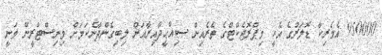
950000 އެމެރިކާ ޑޮލަރުގެ އެހީ މިޕްރޮޖެކްޓްގެ ތެރެއިން ޞިއްޙީދާއިރާއަށް ލިބިގެންދާނެކަމަށް މިނިސްޓްރީން ވަނީ